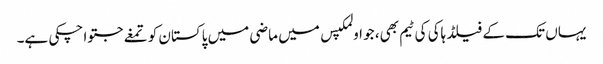
یہاں تک کے فیلڈ ہاکی کی ٹیم بھی، جو اولمکپس میں ماضی میں پاکستان کو تمغے جتوا چکی ہے۔